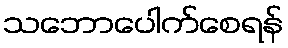
သဘောပေါက်စေရန်